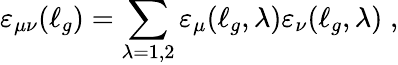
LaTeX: \varepsilon_{\mu\nu}(\ell_{g})=\sum_{\lambda=1,2}\varepsilon_{\mu}(\ell_{g},\lambda)\varepsilon_{\nu}(\ell_{g},\lambda)\; ,